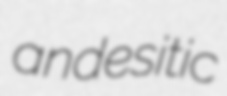
andesitic